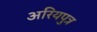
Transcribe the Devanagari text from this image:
अरियपुत्र